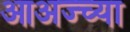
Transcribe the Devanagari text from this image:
आअज्च्या